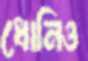
ধোনিও